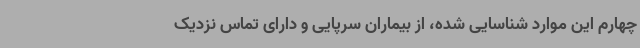
چهارم این موارد شناسایی شده، از بیماران سرپایی و دارای تماس نزدیک